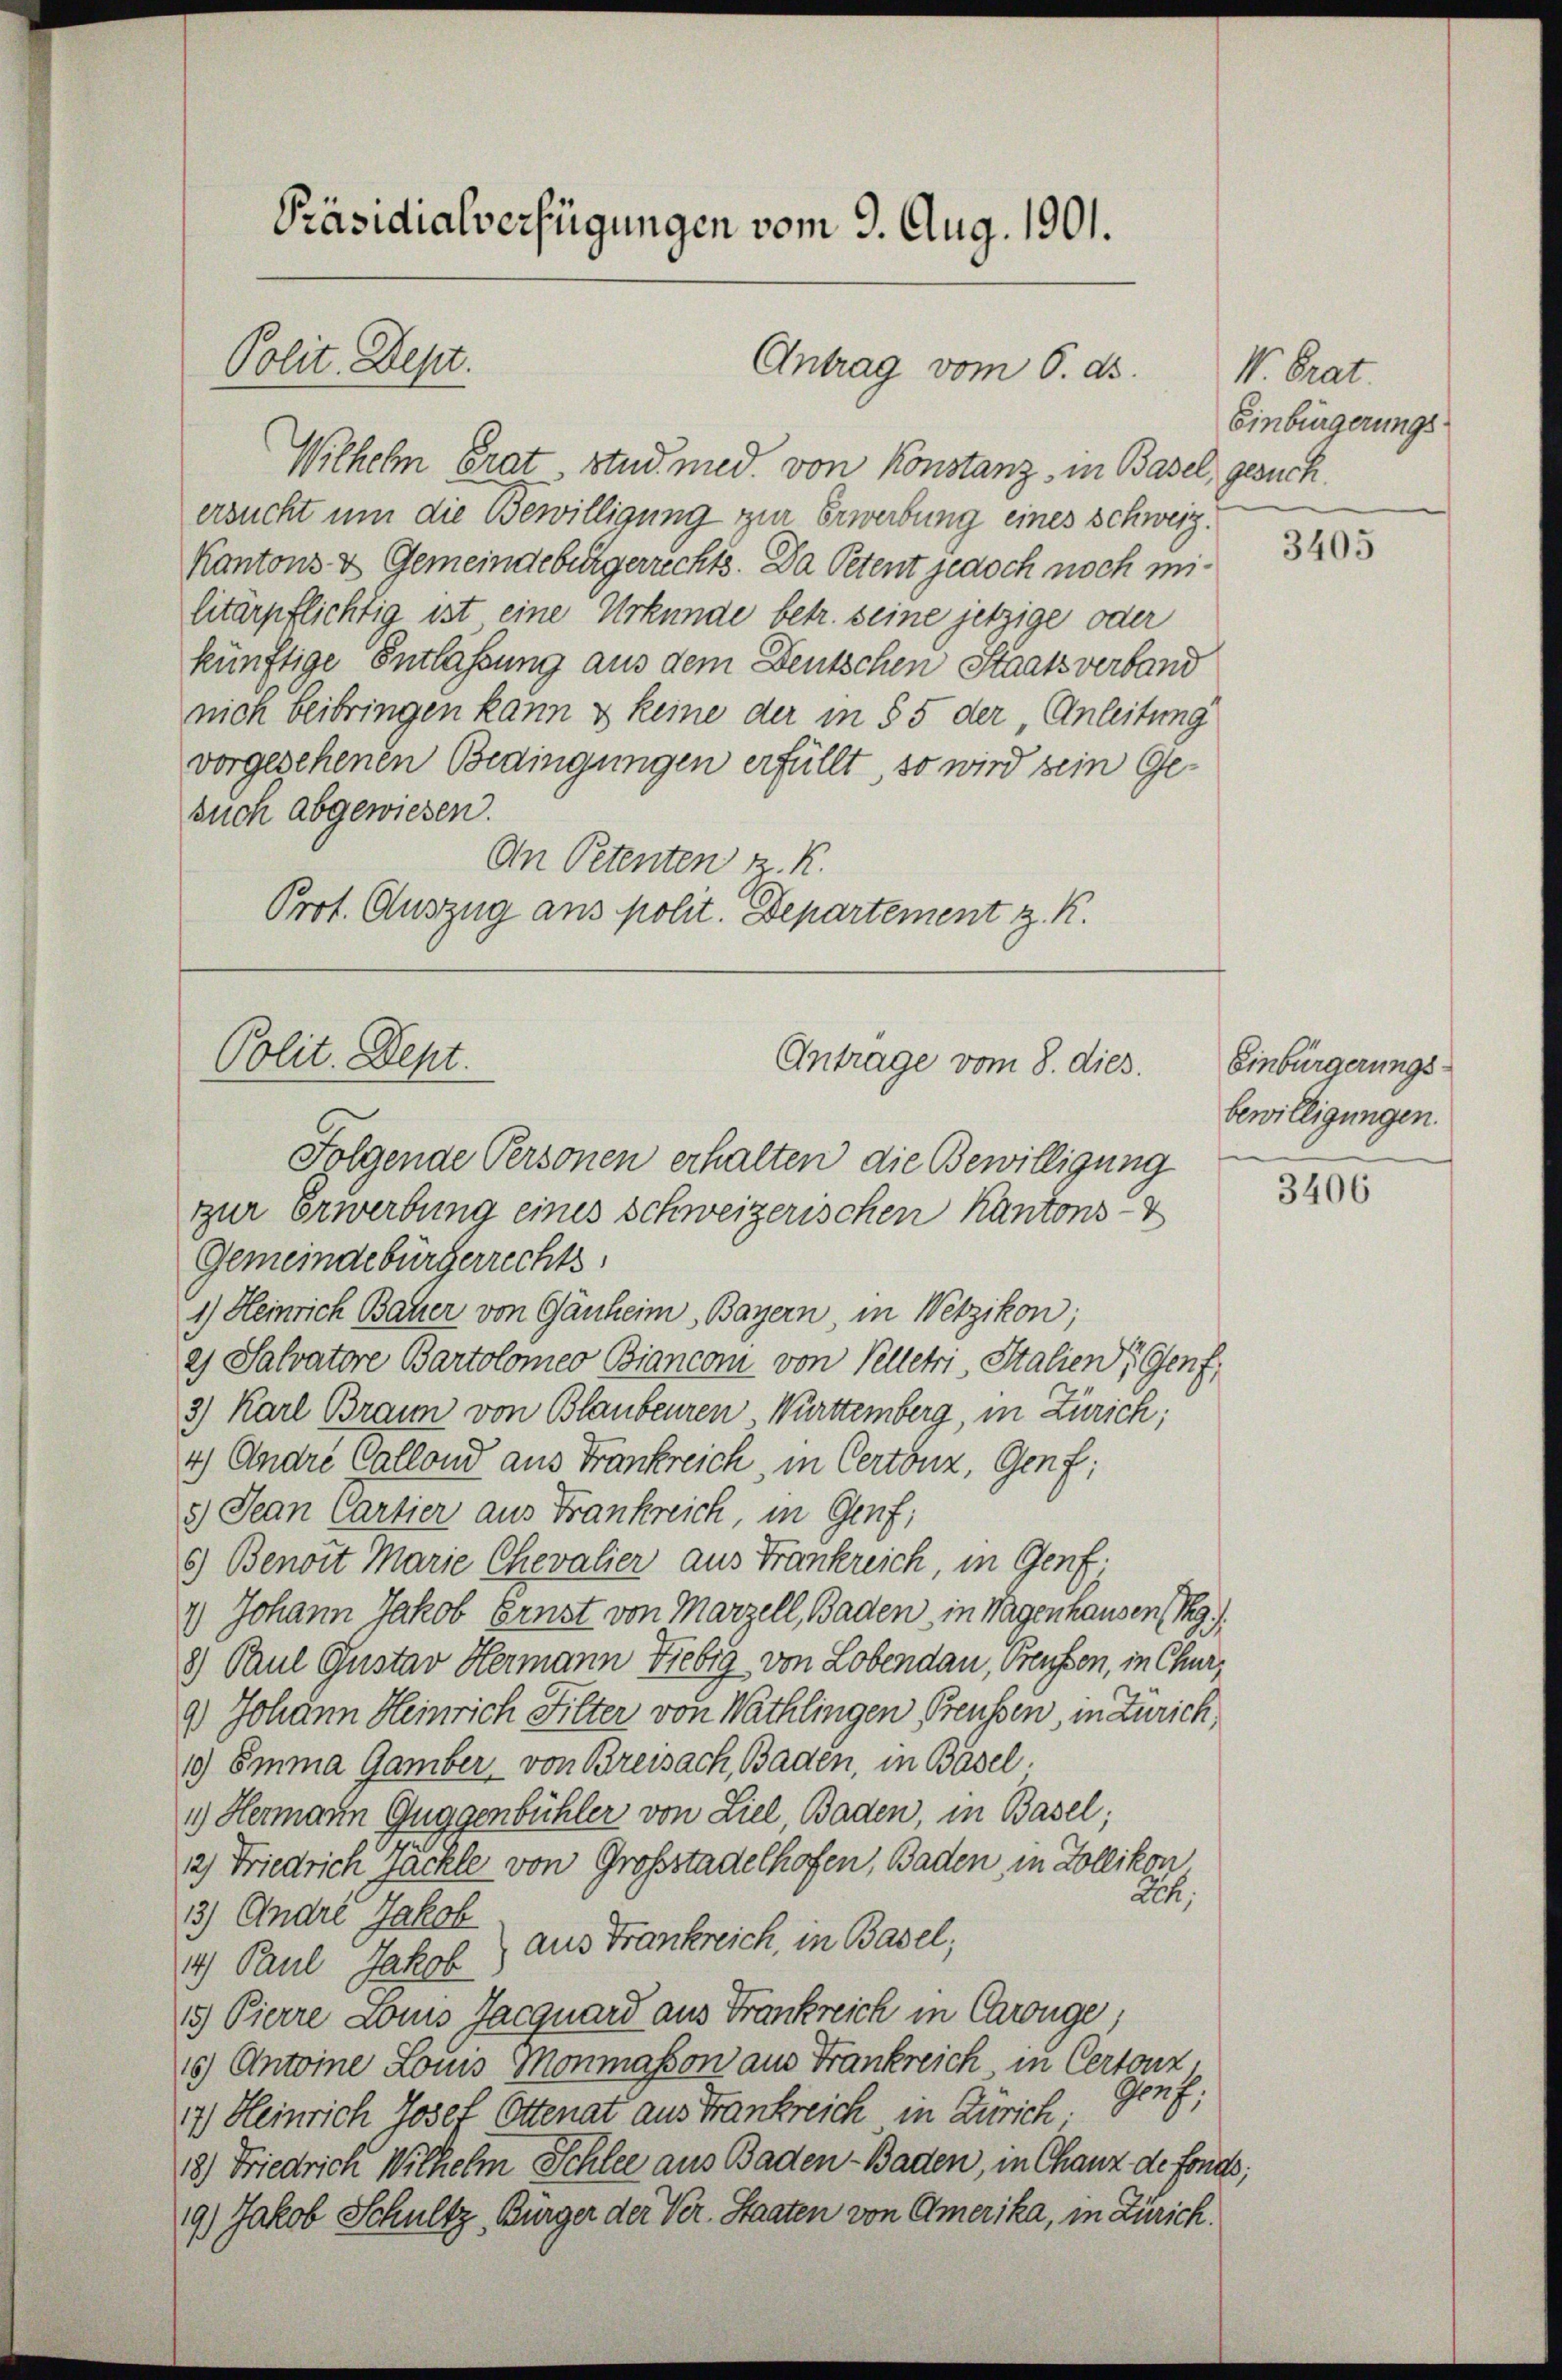
Präsidialverfügungen vom 9. Aug. 1901.

Polit. Dept.

Wilhelm Grat stud. med. von Konstanz, in Basel, gesuchersucht um die Bewilligung zur Erwerbung eines Schweiz.
Kantons & Gemeindebürgerrechts. Da Petent jedoch noch militärpflichtig ist eine Urkunde betr. seine jetzige oder
künftige Entlaßung aus dem Deutschen Staatsverband
nich beibringen kann & keine der in § 5 der, Anleitung
vorgesehenen Bedingungen erfüllt, so wird sein Gesuch abgewiesen.
An Petenten K. K.
Prot. Auszug aus polit. Departement z. K.

Antrag vom 6. ds.

Polit. Dept.
Antrage vom 8. dies.
Folgende Personen erhalten die Bewilligung

zur Erwerbung eines schweizerischen Kantons-V
Gemeindebürgerrechts
1) Heinrich Bauer von Gänheim Bayern in Wetzikon;
e) Salvatore Bartolomeo Bianconi von Pelletri, Stalien Genf,
3) Karl Braun von Blaubenren Württemberg, in Zürich;
4) Anare Callond aus Frankreich, in Certonz, Genf;
5) Jean Cartier aus Frankreich, in Genf;
6) Benoit Marie Chevalier aus Frankreich, in Genf;
1) Johann Jakob Ernst von Marzell, Baden in Wagenhausen 19.
8) Paul Gustav Hermann Fiebig von Lobendau, Preussen, in Chur,
9.) Johann Heinrich Filter von Wathlingen Preussen, in Zürich
1.) Emma Gamber von Breisach, Baden, in Basel.
1.) Hermann Guggenbühler von Ziel, Baden, in Basel;
2) Friedrich Jäckle von Großstadelhofen, Baden, in Zollikon
Ach,
3) Andre Jakob
aus Frankreich, in Basel;
1) Paul Jakob
15) Pierre Louis Jacquard aus Frankreich in Carouge,
16) Antoine Lois Monmasson aus Frankreich in Certonz.
Graf,
17.) Heinrich Josef Ottenat aus Frankreich in Zürich.
18) Friedrich Wilhelm Schlee aus Baden Baden, in Chauz de fonds;
19.) Jakob Schultz, Bürger der Ver. Staaten von Amerika, in Zürich.

W. Grat.
Einbürgerungs-

3405

Einbürgerungs-
bewilligungen.

3406